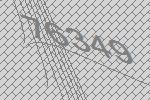
76349